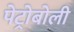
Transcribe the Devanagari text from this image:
पेट्रोबोली